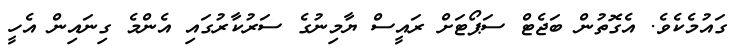
ގައުމެކެވެ. އެގޮތުން ބަޖެޓް ސަޕޯޓަށް ރައީސް ޔާމިނުގެ ސަރުކާރުގައި އެންމެ ގިނައިން އެހީ